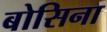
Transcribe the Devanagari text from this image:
बोसिना